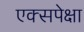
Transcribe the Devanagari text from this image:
एक्सपेक्षा